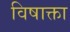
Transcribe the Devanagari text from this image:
विषाक्ता